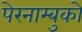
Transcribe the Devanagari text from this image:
पेरनाम्बुको